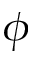
\phi